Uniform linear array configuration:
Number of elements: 24
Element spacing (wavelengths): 0.5
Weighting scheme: hamming
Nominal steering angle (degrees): -30
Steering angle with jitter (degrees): -31.206
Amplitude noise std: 0.05
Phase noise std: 0.05

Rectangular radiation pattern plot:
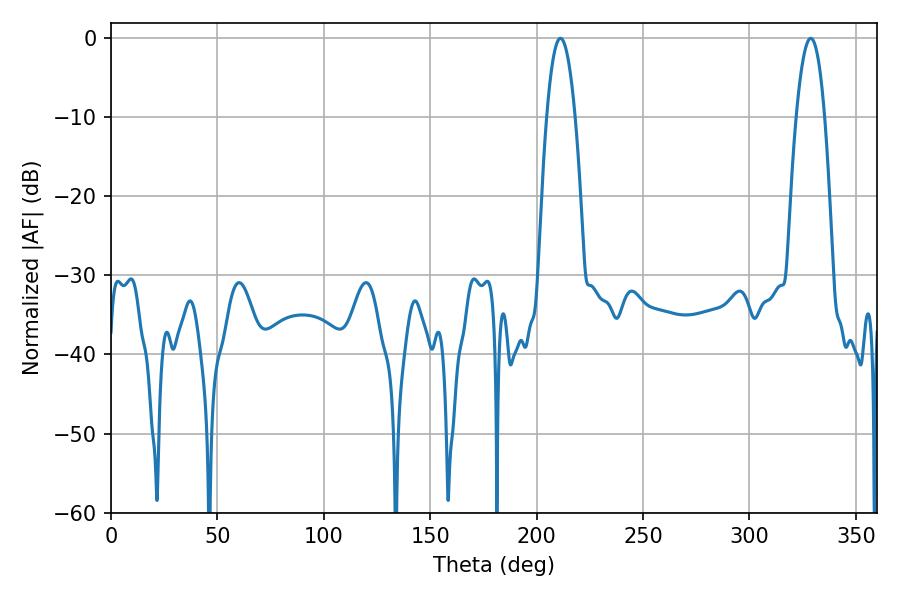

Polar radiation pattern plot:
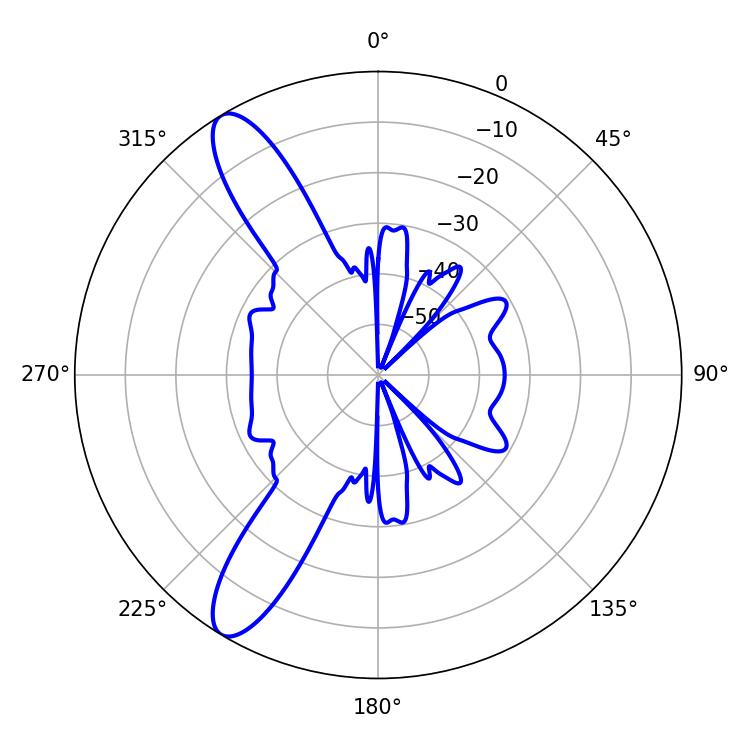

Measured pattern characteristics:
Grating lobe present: FALSE
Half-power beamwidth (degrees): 7.38
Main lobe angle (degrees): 211.14